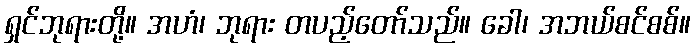
ရှင်ဘုရားတို့။ အဟံ၊ ဘုရား တပည့်တော်သည်။ ခေါ၊ အဘယ်စင်စစ်။